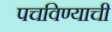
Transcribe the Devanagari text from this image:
पचविण्याची